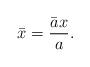
LaTeX: \begin{align*}\bar{x}=\frac{\bar{a}x}{a}.\end{align*}